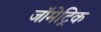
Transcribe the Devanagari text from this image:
जॉमेट्रिक